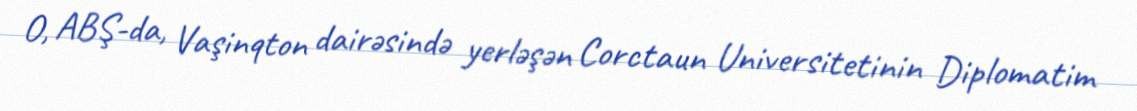
O, ABŞ-da, Vaşinqton dairəsində yerləşən Corctaun Universitetinin Diplomatim